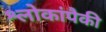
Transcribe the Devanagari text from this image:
श्लोकांपैकी